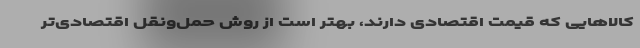
کالاهایی که قیمت اقتصادی دارند، بهتر است از روش حمل‌ونقل اقتصادی‌تر